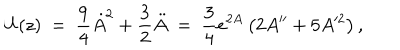
U ( z ) \ = \ \frac { 9 } { 4 } \dot { A } ^ { 2 } + \frac { 3 } { 2 } \ddot { A } \ = \ \frac { 3 } { 4 } e ^ { 2 A } \left( 2 A ^ { \prime \prime } + 5 A ^ { 2 } \right) ,